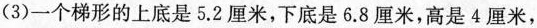
(3)一个梯形的上底是5.2厘米，下底是6.8厘米，高是4厘米，